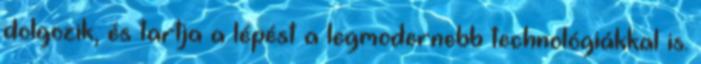
dolgozik, és tartja a lépést a legmodernebb technológiákkal is.